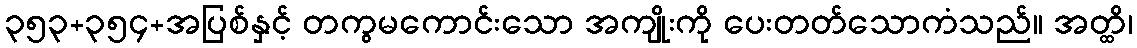
၃၅၃+၃၅၄+အပြစ်နှင့် တကွမကောင်းသော အကျိုးကို ပေးတတ်သောကံသည်။ အတ္ထိ၊